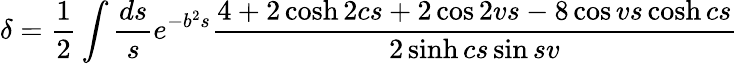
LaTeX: \delta=\frac{1}{2}\int\frac{ds}{s}e^{-b^{2}s}\frac{4+2\cosh 2cs+2\cos 2vs-8\cos vs\cosh cs}{2\sinh cs\sin sv}